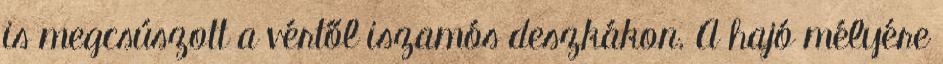
is megcsúszott a vértől iszamós deszkákon. A hajó mélyére